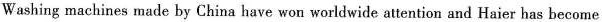
Washing machines made by China have wou worldwide attention and Haier has become